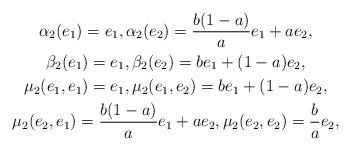
LaTeX: \begin{gather*} \alpha_2(e_1)=e_1,\alpha_2(e_2)=\frac{b(1-a)}{a}e_1+a e_2, \\ \beta_2(e_1)=e_1,\beta_2(e_2)=be_1+(1-a) e_2, \\ \mu_2(e_1,e_1)=e_1, \mu_2(e_1,e_2)= be_1+(1-a) e_2, \\ \mu_2(e_2,e_1)=\frac{b(1-a)}{a}e_1+ae_2, \mu_2(e_2,e_2)=\frac{b}{a}e_2,\end{gather*}